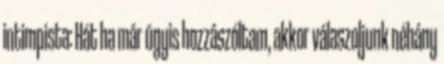
intimpista: Hát ha már úgyis hozzászóltam, akkor válaszoljunk néhány